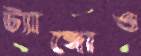
ট্যাঙ্গোও